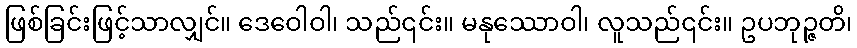
ဖြစ်ခြင်းဖြင့်သာလျှင်။ ဒေဝေါဝါ၊ သည်၎င်း။ မနုဿောဝါ၊ လူသည်၎င်း။ ဥပဘုဉ္ဇတိ၊